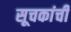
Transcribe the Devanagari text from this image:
सूचकांची